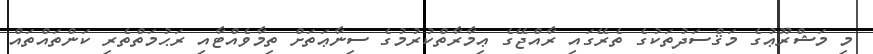
މި މަޝްރޫޢުގެ މަޤްސަދުތަކުގެ ތެރޭގައި ރާއްޖޭގެ ޢިމާރާތްކުރުމުގެ ސިނާޢަަތަށް ތިމާވެއްޓާއި ރަޙުމަތްތެރި ކަންތައްތައް